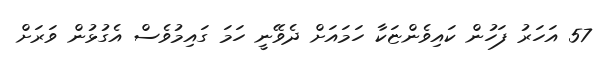
57 އަހަރު ފަހުން ކައިވެންޏަކާ ހަމައަށް ދެވޭނީ ހަމަ ގައިމުވެސް އެގުޅުން ވަރަށް